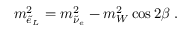
m _ { \tilde { e } _ { L } } ^ { 2 } = m _ { \tilde { \nu } _ { e } } ^ { 2 } - m _ { W } ^ { 2 } \cos 2 \beta \; .